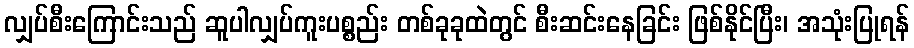
လျှပ်စီးကြောင်းသည် ဆူပါလျှပ်ကူးပစ္စည်း တစ်ခုခုထဲတွင် စီးဆင်းနေခြင်း ဖြစ်နိုင်ပြီး၊ အသုံးပြုရန်